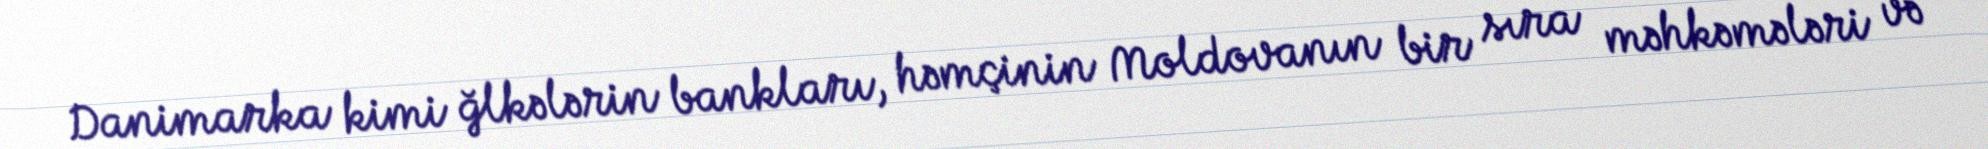
Danimarka kimi ğlkələrin bankları, həmçinin Moldovanın bir sıra məhkəmələri və